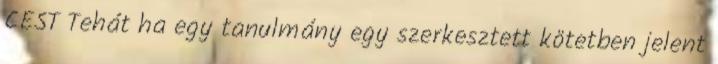
CEST Tehát ha egy tanulmány egy szerkesztett kötetben jelent